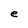
Character: e